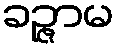
ခဉ္ဇာမ